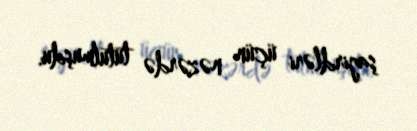
şagirdləri üçün nəzərdə tutulmuşdu.